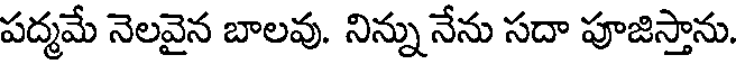
పద్మమే నెలవైన బాలవు. నిన్నునేను సదా పూజిస్తాను.